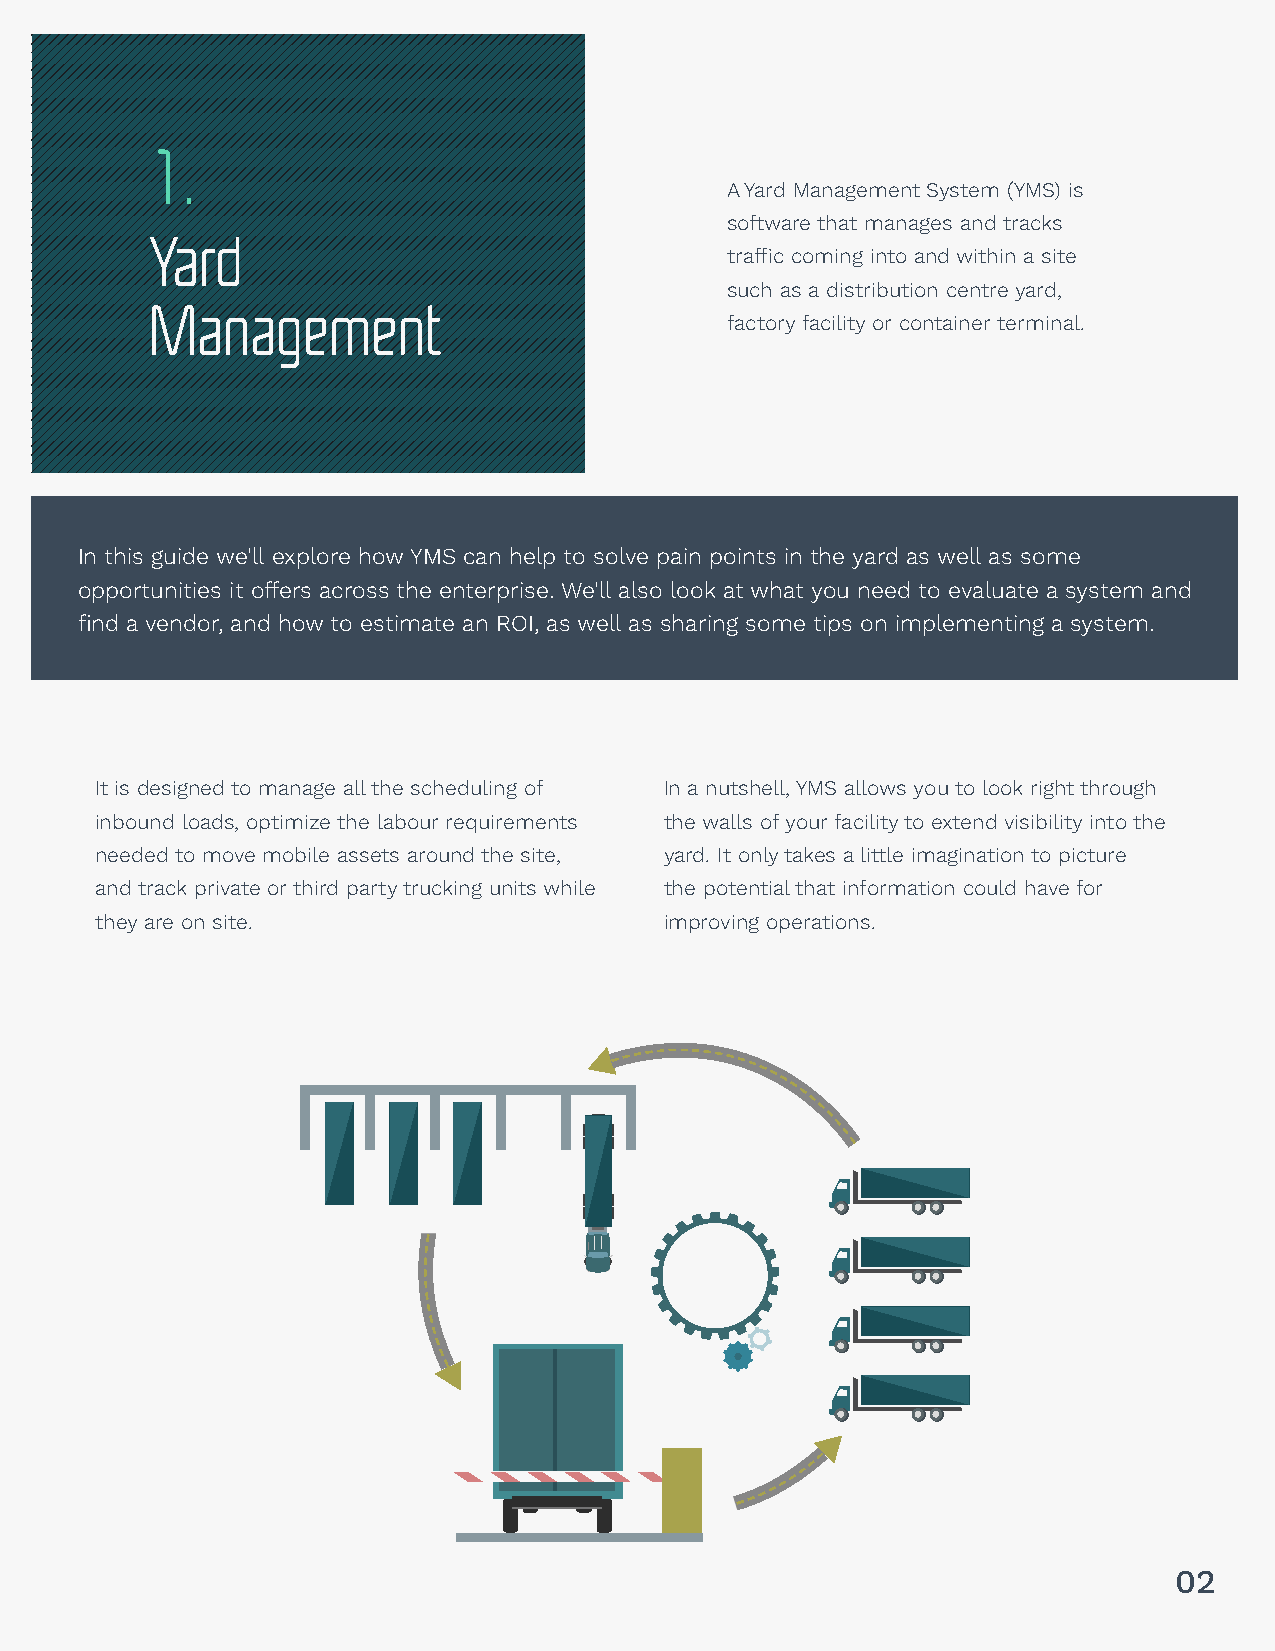
01.
 1.
 A Yard Management System (YMS) is
 software that manages and tracks
 Yard
 traffic coming into and within a site
 such as a distribution centre yard,
 Management
 factory facility or container terminal.
 In this guide we'll explore how YMS can help to solve pain points in the yard as well as some
 opportunities it offers across the enterprise. We'll also look at what you need to evaluate a system and
 find a vendor, and how to estimate an ROI, as well as sharing some tips on implementing a system.
 It is designed to manage all the scheduling of In a nutshell, YMS allows you to look right through
 inbound loads, optimize the labour requirements the walls of your facility to extend visibility into the
 needed to move mobile assets around the site, yard. It only takes a little imagination to picture
 and track private or third party trucking units while the potential that information could have for
 they are on site.                     improving operations.
 02